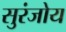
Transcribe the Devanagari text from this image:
सुरंजोय